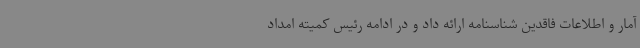
آمار و اطلاعات فاقدین شناسنامه ارائه داد و در ادامه رئیس کمیته امداد